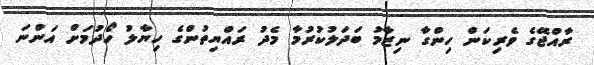
ރާއްޖޭގެ ވެރިކަން ހިންގާ ނިޒާމު ބަދަލުކުރުމާ މެދު ރައްޔިތުންގެ ހިޔާލު ހޯދުމަށް އަންނަ